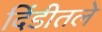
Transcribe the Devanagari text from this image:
दिंडीतले